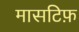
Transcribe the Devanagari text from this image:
मासटिफ़